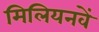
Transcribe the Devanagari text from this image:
मिलियनवें